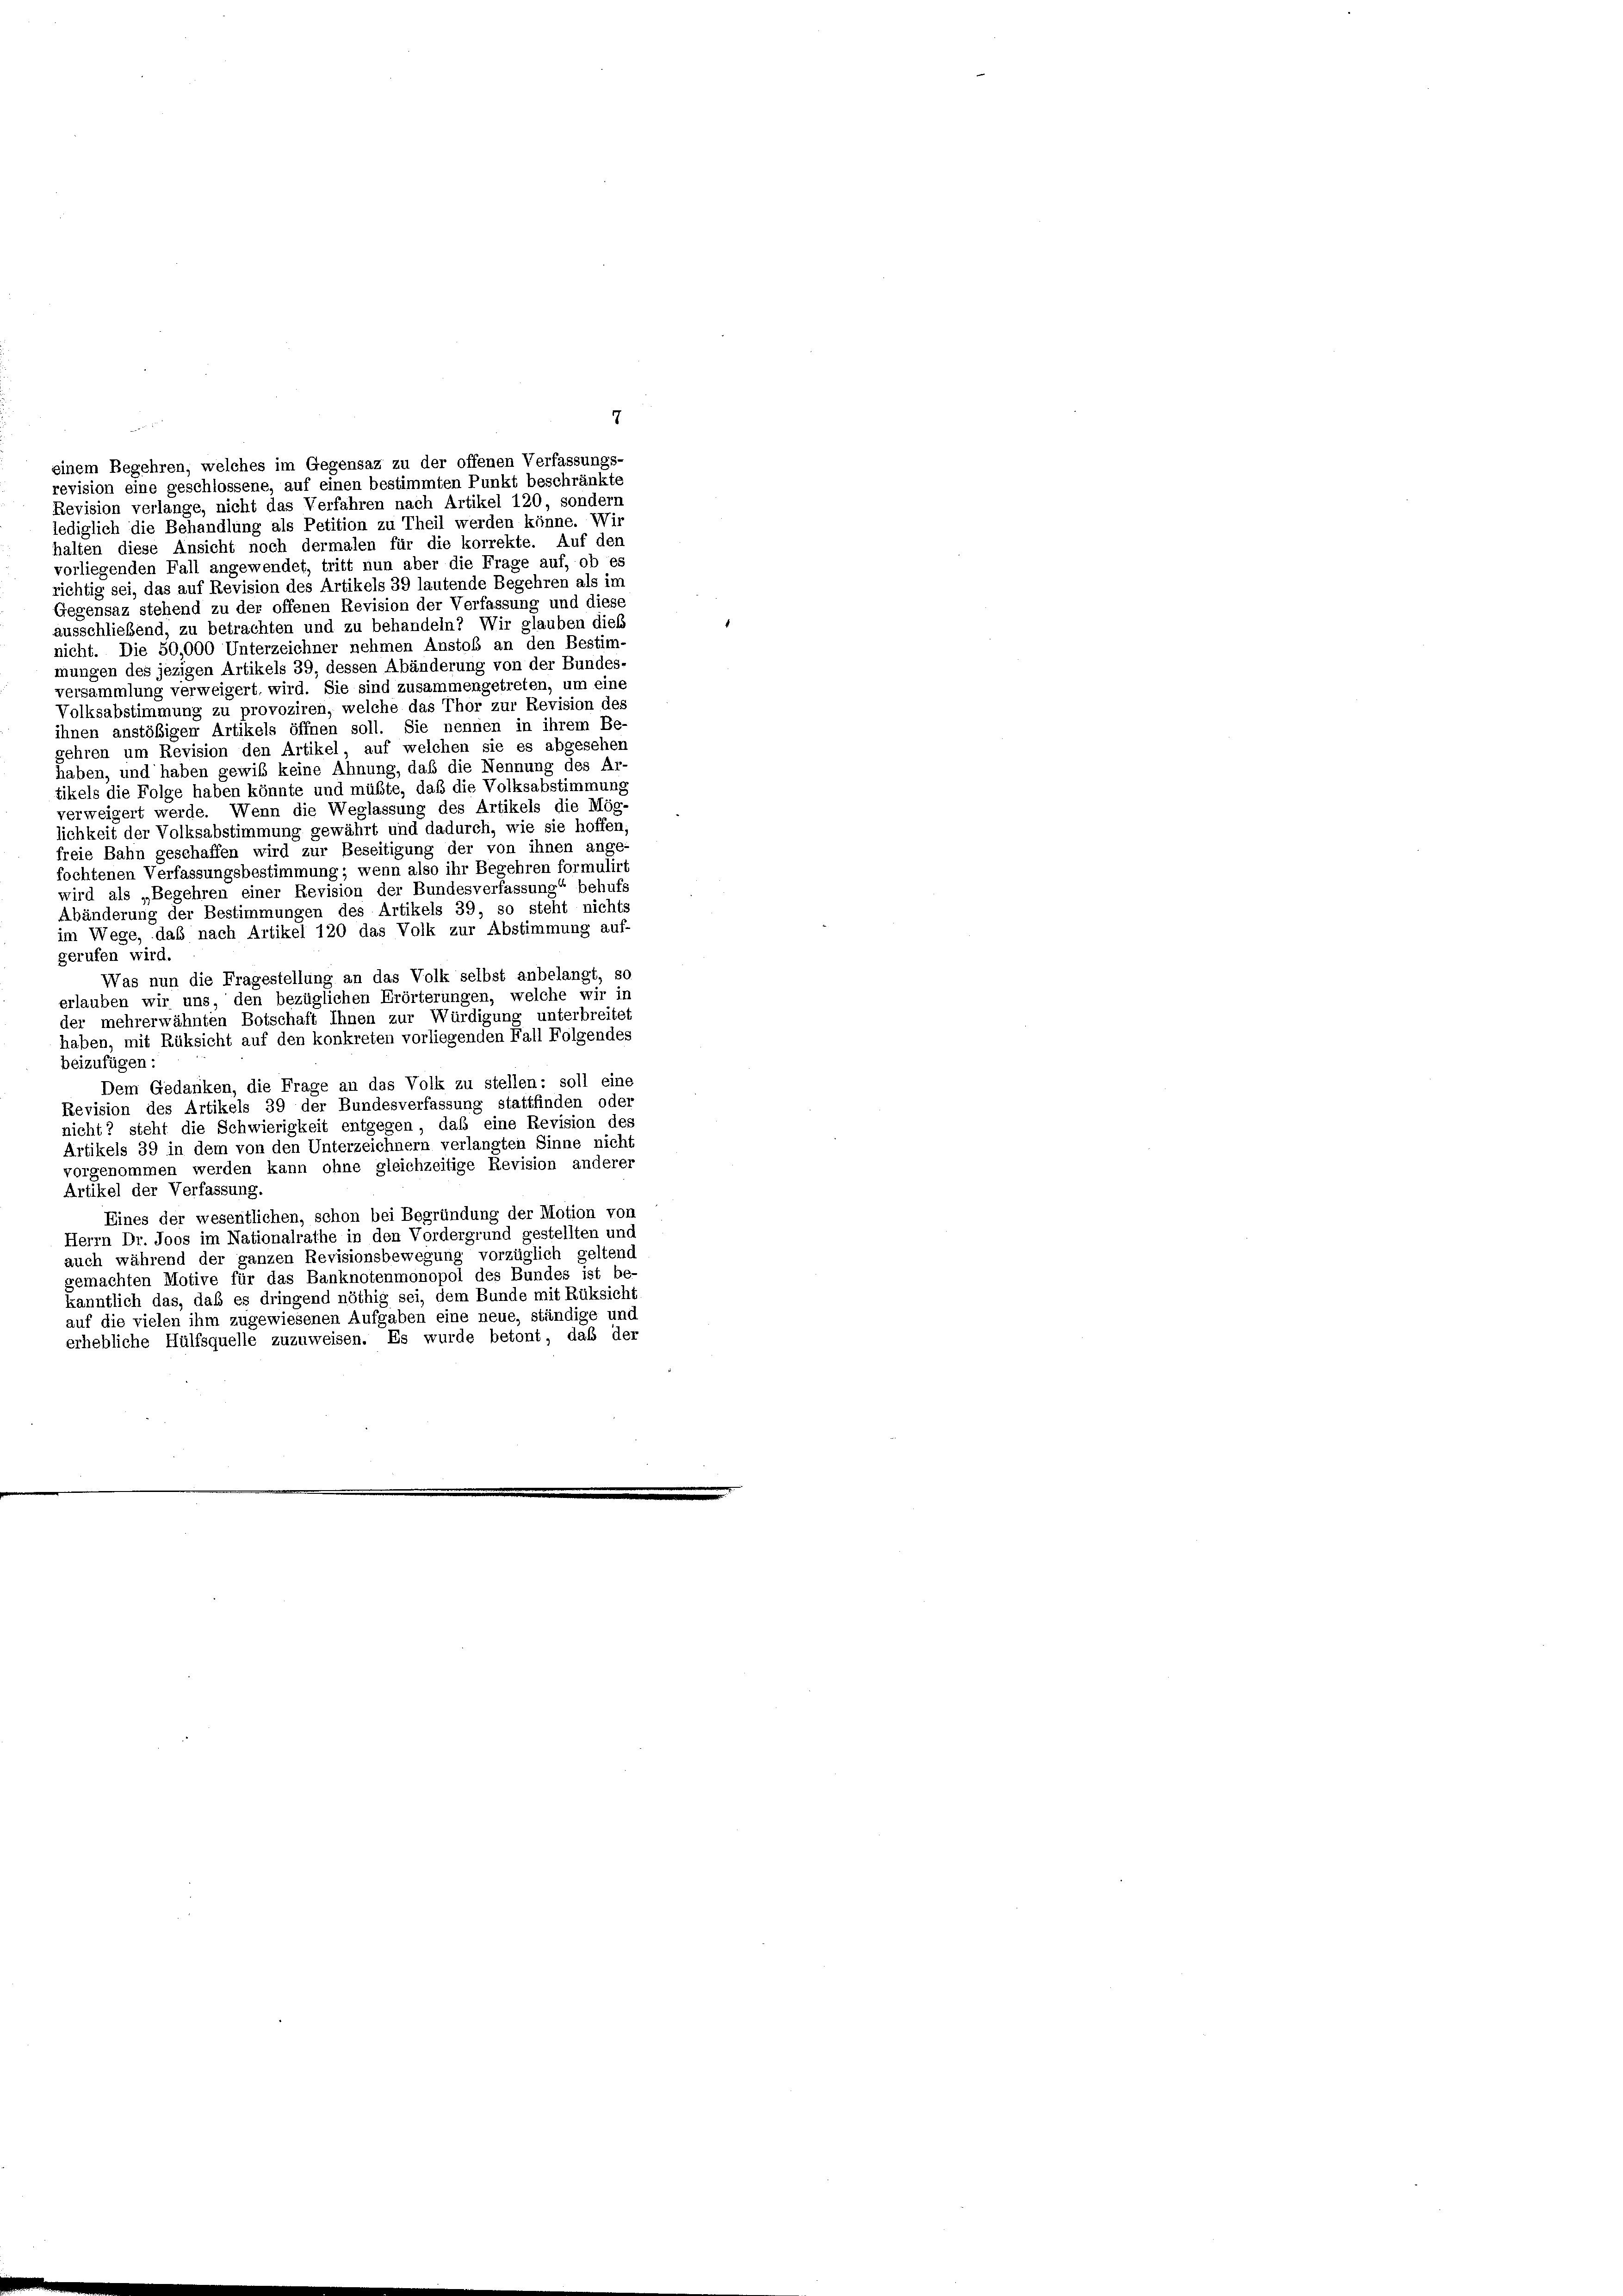
einem Begehren, welches im Gegensaz zu der offenen Verfassungs-
revision eine geschlossene, auf einen bestimmten Punkt beschränkte
Revision verlange, nicht das Verfahren nach Artikel 120, sondern
lediglich die Behandlung als Petition zu Theil werden könne. Wir
halten diese Ansicht noch dermalen für die korrekte. Auf der
vorliegenden Fall angewendet, tritt nun aber die Frage auf, ob es
richtig sei, das auf Revision des Artikels 39 lautende Begehren als im
Gegensaz stehend zu der offenen Revision der Verfassung und diese
ausschließend, zu betrachten und zu behandeln? Wir glauben dieß
nicht. Die 50,000 Unterzeichner nehmen Anstob an den Bestim-
mungen des jezigen Artikels 39, dessen Abänderung von der Bundes-
versammlung verweigert, wird. Sie sind zusammengetreten, um eine
Volksabstimmung zu provoziren, welche das Thor zur Revision der
ihnen anstößigen Artikels öffnen soll. Sie nennen in ihrem Be
gehren um Revision den Artikel auf welchen sie es abgesehen
haben, und haben gewis keine Ahnung, daß die Nennung des Ar-
tikels die Folge haben könnte und müßte, daß die Volksabstimmung
verweigert werde. Wenn die Weglassung des Artikels die Mög-
lichkeit der Volksabstimmung gewährt und dadurch, wie sie hoffen,
freie Bahn geschaffen wird zur Beseitigung der von ihnen ange-
fochtenen Verfassungsbestimmung; wenn also ihr Begehren formulirt
wird als „Begehren einer Revision der Bundesverfassung“ behufs
Abänderung der Bestimmungen des Artikels 39, so steht nichts
im Wege, daß nach Artikel 120 das Volk zur Abstimmung auf-
gerufen wird.
Was nun die Fragestellung an das Volk selbst anbelangt, so
erlauben wir uns, den bezüglichen Erörterungen, welche wir in
der mehrerwähnten Botschaft Ihnen zur Würdigung unterbreitet
haben, mit Rüksicht auf den konkreten vorliegenden Fall Folgendes
beizufügen:
Dem Gedanken, die Frage an das Volk zu stellen: soll eine
Revision des Artikels 39 der Bundesverfassung stattfinden oder
nicht? steht die Schwierigkeit entgegen, daß eine Revision der
Artikels 39 in dem von den Unterzeichnern verlangten Sinne nicht
vorgenommen werden kann ohne gleichzeitige Revision anderer
Artikel der Verfassung.
Eines der wesentlichen, schon bei Begründung der Motion von
Herrn Dr. Joos im Nationalrathe in den Vordergrund gestellten und
auch während der ganzen Revisionsbewegung vorzüglich geltend
gemachten Motive für das Banknotenmonopol des Bundes ist be-
kanntlich das, daß es dringend nöthig sei, dem Bunde mit Rüksicht
auf die vielen ihm zugewiesenen Aufgaben eine neue, ständige und
erhebliche Hülfsquelle zuzuweisen. Es wurde betont, daß der